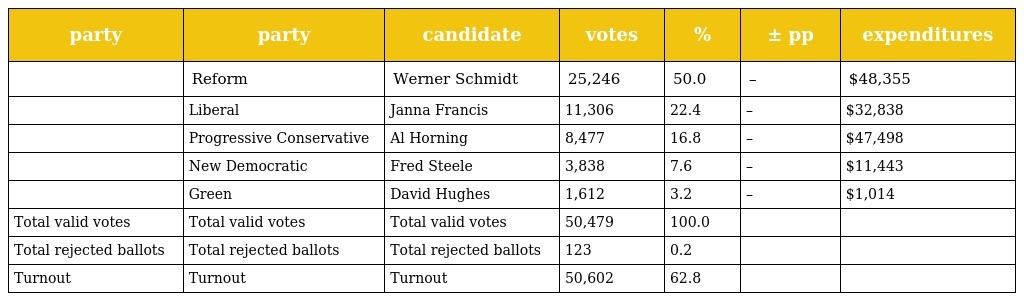
| party | party | candidate | votes | % | ± pp | expenditures |
 | --- | --- | --- | --- | --- | --- | --- |
 |  | Reform | Werner Schmidt | 25,246 | 50.0 | – | $48,355 |
 |  | Liberal | Janna Francis | 11,306 | 22.4 | – | $32,838 |
 |  | Progressive Conservative | Al Horning | 8,477 | 16.8 | – | $47,498 |
 |  | New Democratic | Fred Steele | 3,838 | 7.6 | – | $11,443 |
 |  | Green | David Hughes | 1,612 | 3.2 | – | $1,014 |
 | Total valid votes | Total valid votes | Total valid votes | 50,479 | 100.0 |  |  |
 | Total rejected ballots | Total rejected ballots | Total rejected ballots | 123 | 0.2 |  |  |
 | Turnout | Turnout | Turnout | 50,602 | 62.8 |  |  |